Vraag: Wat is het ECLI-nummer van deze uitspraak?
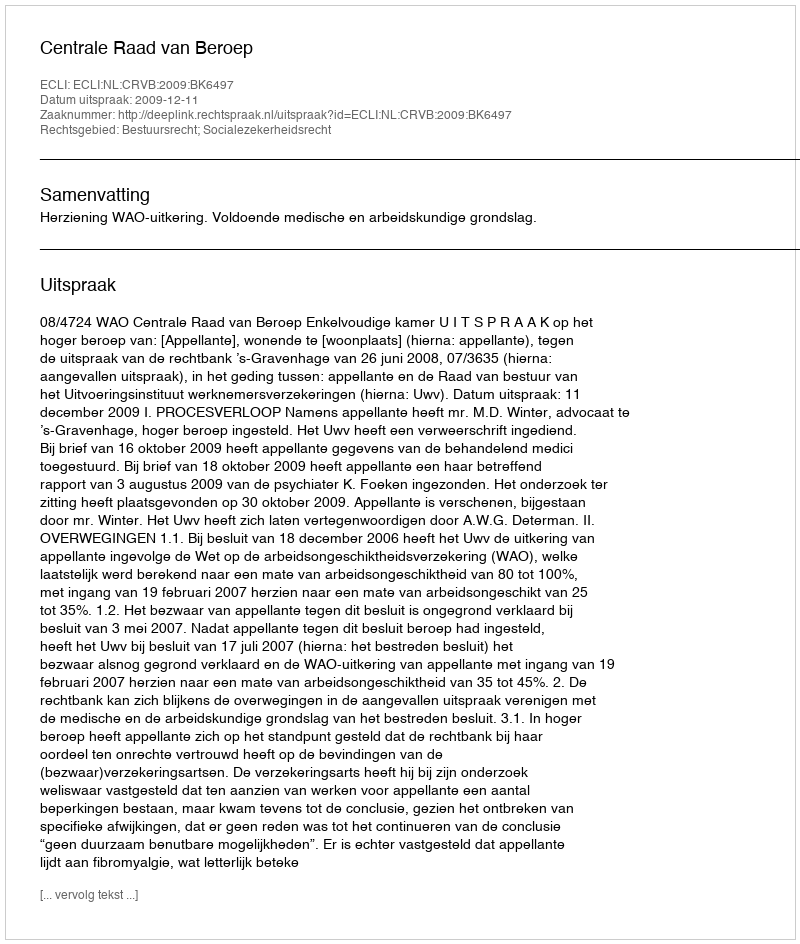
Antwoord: ECLI:NL:CRVB:2009:BK6497